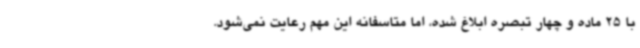
با 25 ماده و چهار تبصره ابلاغ شده، اما متاسفانه این مهم رعایت نمی‌شود.